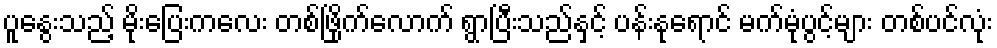
ပူနွေးသည့် မိုးပြေးကလေး တစ်ဖြိုက်လောက် ရွာပြီးသည်နှင့် ပန်းနုရောင် မက်မုံပွင့်များ တစ်ပင်လုံး